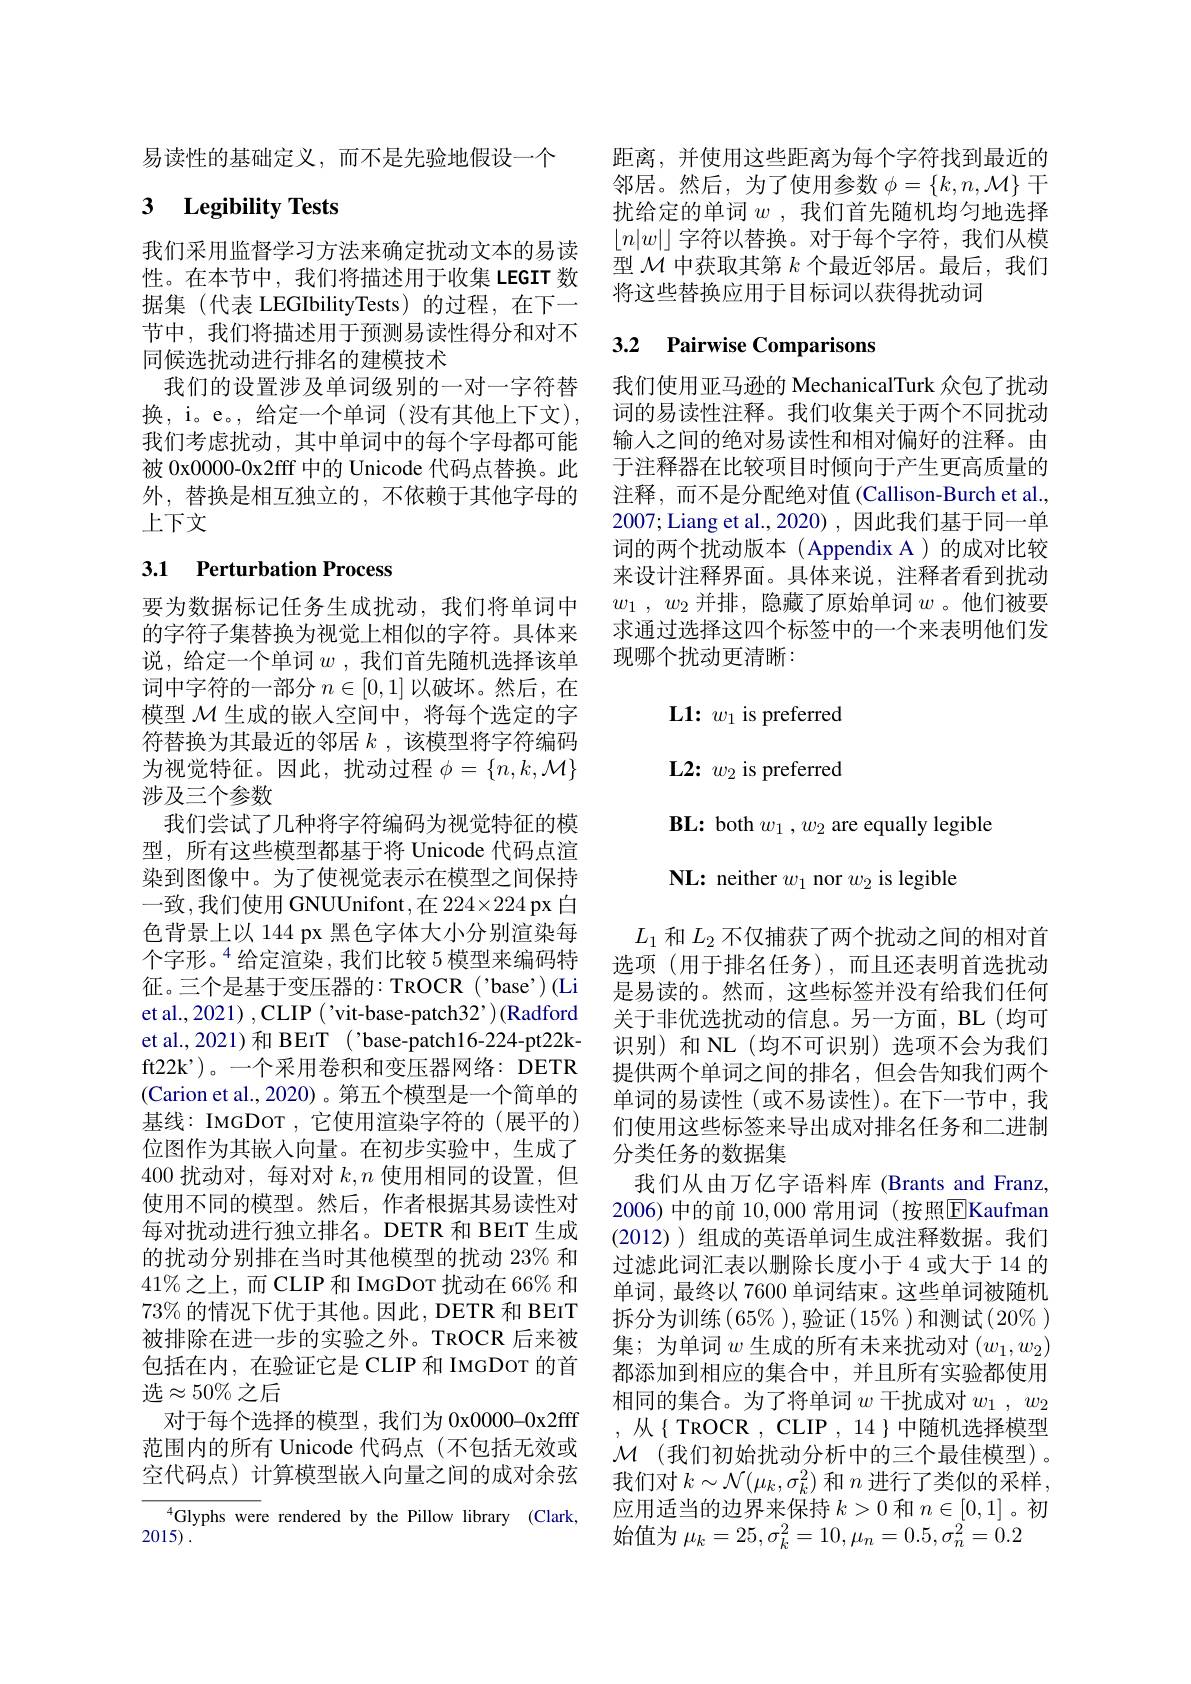
易读性的基础定义，而不是先验地假设一个

# 3 $\textbf{Legibility Tests}$

我们采用监督学习方法来确定扰动文本的易读性。在本节中，我们将描述用于收集 LEGIT 数据集(代表 LEGIbilityTests)的过程，在下一节中，我们将描述用于预测易读性得分和对不同候选扰动进行排名的建模技术
我们的设置涉及单词级别的一对一字符替换，i。e。, 给定一个单词 (没有其他上下文), 我们考虑扰动，其中单词中的每个字母都可能被 0x0000-0x2ff 中的 Unicode 代码点替换。此 于注释器在比较项目时倾向于产生更高质量的
外，替换是相互独立的，不依赖于其他字母的
上下文

## 3.1 Perturbation Process

词中字符的一部分$n\in[0,1]$以破坏。然后，在模型$\mathcal{M}$生成的嵌入空间中，将每个选定的字符替换为其最近的邻居$k$ ,该模型将字符编码为视觉特征。因此，扰动过程$\phi=\{n,k,\mathcal{M}\}$ 涉及三个参数
我们尝试了几种将字符编码为视觉特征的模型，所有这些模型都基于将 Unicode 代码点渲染到图像中。为了使视觉表示在模型之间保持一致，我们使用 GNUUnifont,在 224$\times224$ px 白色背景上以 144 px 黑色字体大小分别渲染每个字形。$^{4}$给定渲染，我们比较 5 模型来编码特征。三个是基于变压器的：TROCR('base')(Li et al., 2021) , CLIP ( ' vit-base- patch32’) ( Radford et al., 2021) 和 BEIT (' base-patch16-224-pt22kft22k')。一个采用卷积和变压器网络：DETR (Carion et al., 2020)。第五个模型是一个简单的基线：IMGDOT , 它使用渲染字符的 (展平的) 位图作为其嵌入向量。在初步实验中，生成了400扰动对，每对对$k,n$使用相同的设置，但使用不同的模型。然后，作者根据其易读性对每对扰动进行独立排名。DETR 和 BEIT 生成的扰动分别排在当时其他模型的扰动 23% 和$41\%$之上，而CLIP和 IMGDOT 扰动在 66% 和$73\%$的情况下优于其他。因此，DETR 和 BEIT 被排除在进一步的实验之外。TROCR 后来被包括在内，在验证它是 CLIP 和 IMGDOT 的首选$\approx50\%$之后
对于每个选择的模型，我们为 0x0000-0x2fff 范围内的所有 Unicode 代码点 (不包括无效或空代码点)计算模型嵌人向量之间的成对余弦
Glyphs were rendered by the Pillow library (Clark,

2015) .

距离，并使用这些距离为每个字符找到最近的邻居。然后，为了使用参数$\phi=\{k,n,\mathcal{M}\}$干扰给定的单词$w$ ,我们首先随机均匀地选择$\lfloor n|w|\rfloor$字符以替换。对于每个字符，我们从模型$\mathcal{M}$中获取其第$k$个最近邻居。最后，我们将这些替换应用于目标词以获得扰动词

# 3.2 Pairwise Comparisons

我们使用亚马逊的 MechanicalTurk 众包了扰动词的易读性注释。我们收集关于两个不同扰动输人之间的绝对易读性和相对偏好的注释。由注释，而不是分配绝对值(Callison-Burch et al. 2007; Liang et al.,2020) , 因此我们基于同一单词的两个扰动版本(Appendix A)的成对比较来设计注释界面。具体来说，注释者看到扰动
要为数据标记任务生成扰动，我们将单词中$w_1,w_2$并排，隐藏了原始单词$w$ 。他们被要的字符子集替换为视觉上相似的字符。具体来 求通过选择这四个标签中的一个来表明他们发说，给定一个单词$w$ ,我们首先随机选择该单 现哪个扰动更清晰：

$\textbf{L1: }w_{1}$ is preferred

L2: $w_{2}$ is preferred

$\mathbf{BL:~both~}w_{1},w_{2}$ are equally legible

NL: neither $w_1$ nor $w_2$ is legible

$L_1$和$L_2$不仅捕获了两个扰动之间的相对首选项(用于排名任务),而且还表明首选扰动是易读的。然而，这些标签并没有给我们任何关于非优选扰动的信息。另一方面，BL(均可识别)和 NL(均不可识别)选项不会为我们提供两个单词之间的排名，但会告知我们两个单词的易读性(或不易读性)。在下一节中，我们使用这些标签来导出成对排名任务和二进制分类任务的数据集
我们从由万亿字语料库 (Brants and Franz, 2006)中的前10，000常用词 (按照EKaufman (2012) ) 组成的英语单词生成注释数据。我们过滤此词汇表以删除长度小于 4 或大于 14 的单词，最终以 7600 单词结束。这些单词被随机拆分为训练(65% ),验证(15% )和测试(20% ) 集；为单词$w$生成的所有未来扰动对$(w_1,w_2)$ 都添加到相应的集合中，并且所有实验都使用相同的集合。为了将单词$w$干扰成对$w_1,w_2$ ,从{ TROCR , CLIP , 14 }中随机选择模型$\mathcal{M}$ (我们初始扰动分析中的三个最佳模型)。我们对$k\sim\mathcal{N}(\mu_k,\sigma_k^2)$和$n$进行了类似的采样， 应用适当的边界来保持$k>0$和$n\in[0,1]$ 。初始值为$\mu_k=25,\sigma_{k}^{2}=10,\mu_{n}=0.5,\sigma_{n}^{2}=0.2$